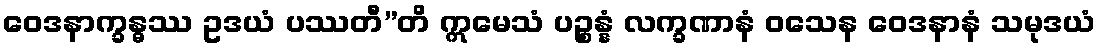
ဝေဒနာက္ခန္ဓဿ ဥဒယံ ပဿတီ”တိ ဣမေသံ ပဉ္စန္နံ လက္ခဏာနံ ဝသေန ဝေဒနာနံ သမုဒယံ